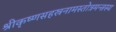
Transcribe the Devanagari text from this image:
श्रीकृष्णसहस्रनामस्तोत्रमन्त्रस्य